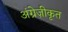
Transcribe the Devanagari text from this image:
अंग्रेज़ीकृत